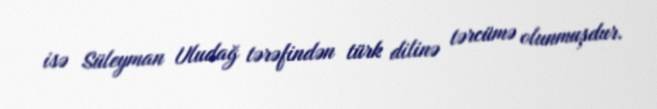
isə Süleyman Uludağ tərəfindən türk dilinə tərcümə olunmuşdur.